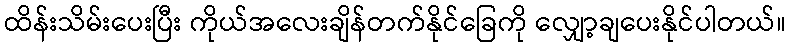
ထိန်းသိမ်းပေးပြီး ကိုယ်အလေးချိန်တက်နိုင်ခြေကို လျှော့ချပေးနိုင်ပါတယ်။